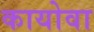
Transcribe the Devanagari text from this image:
कायोवा